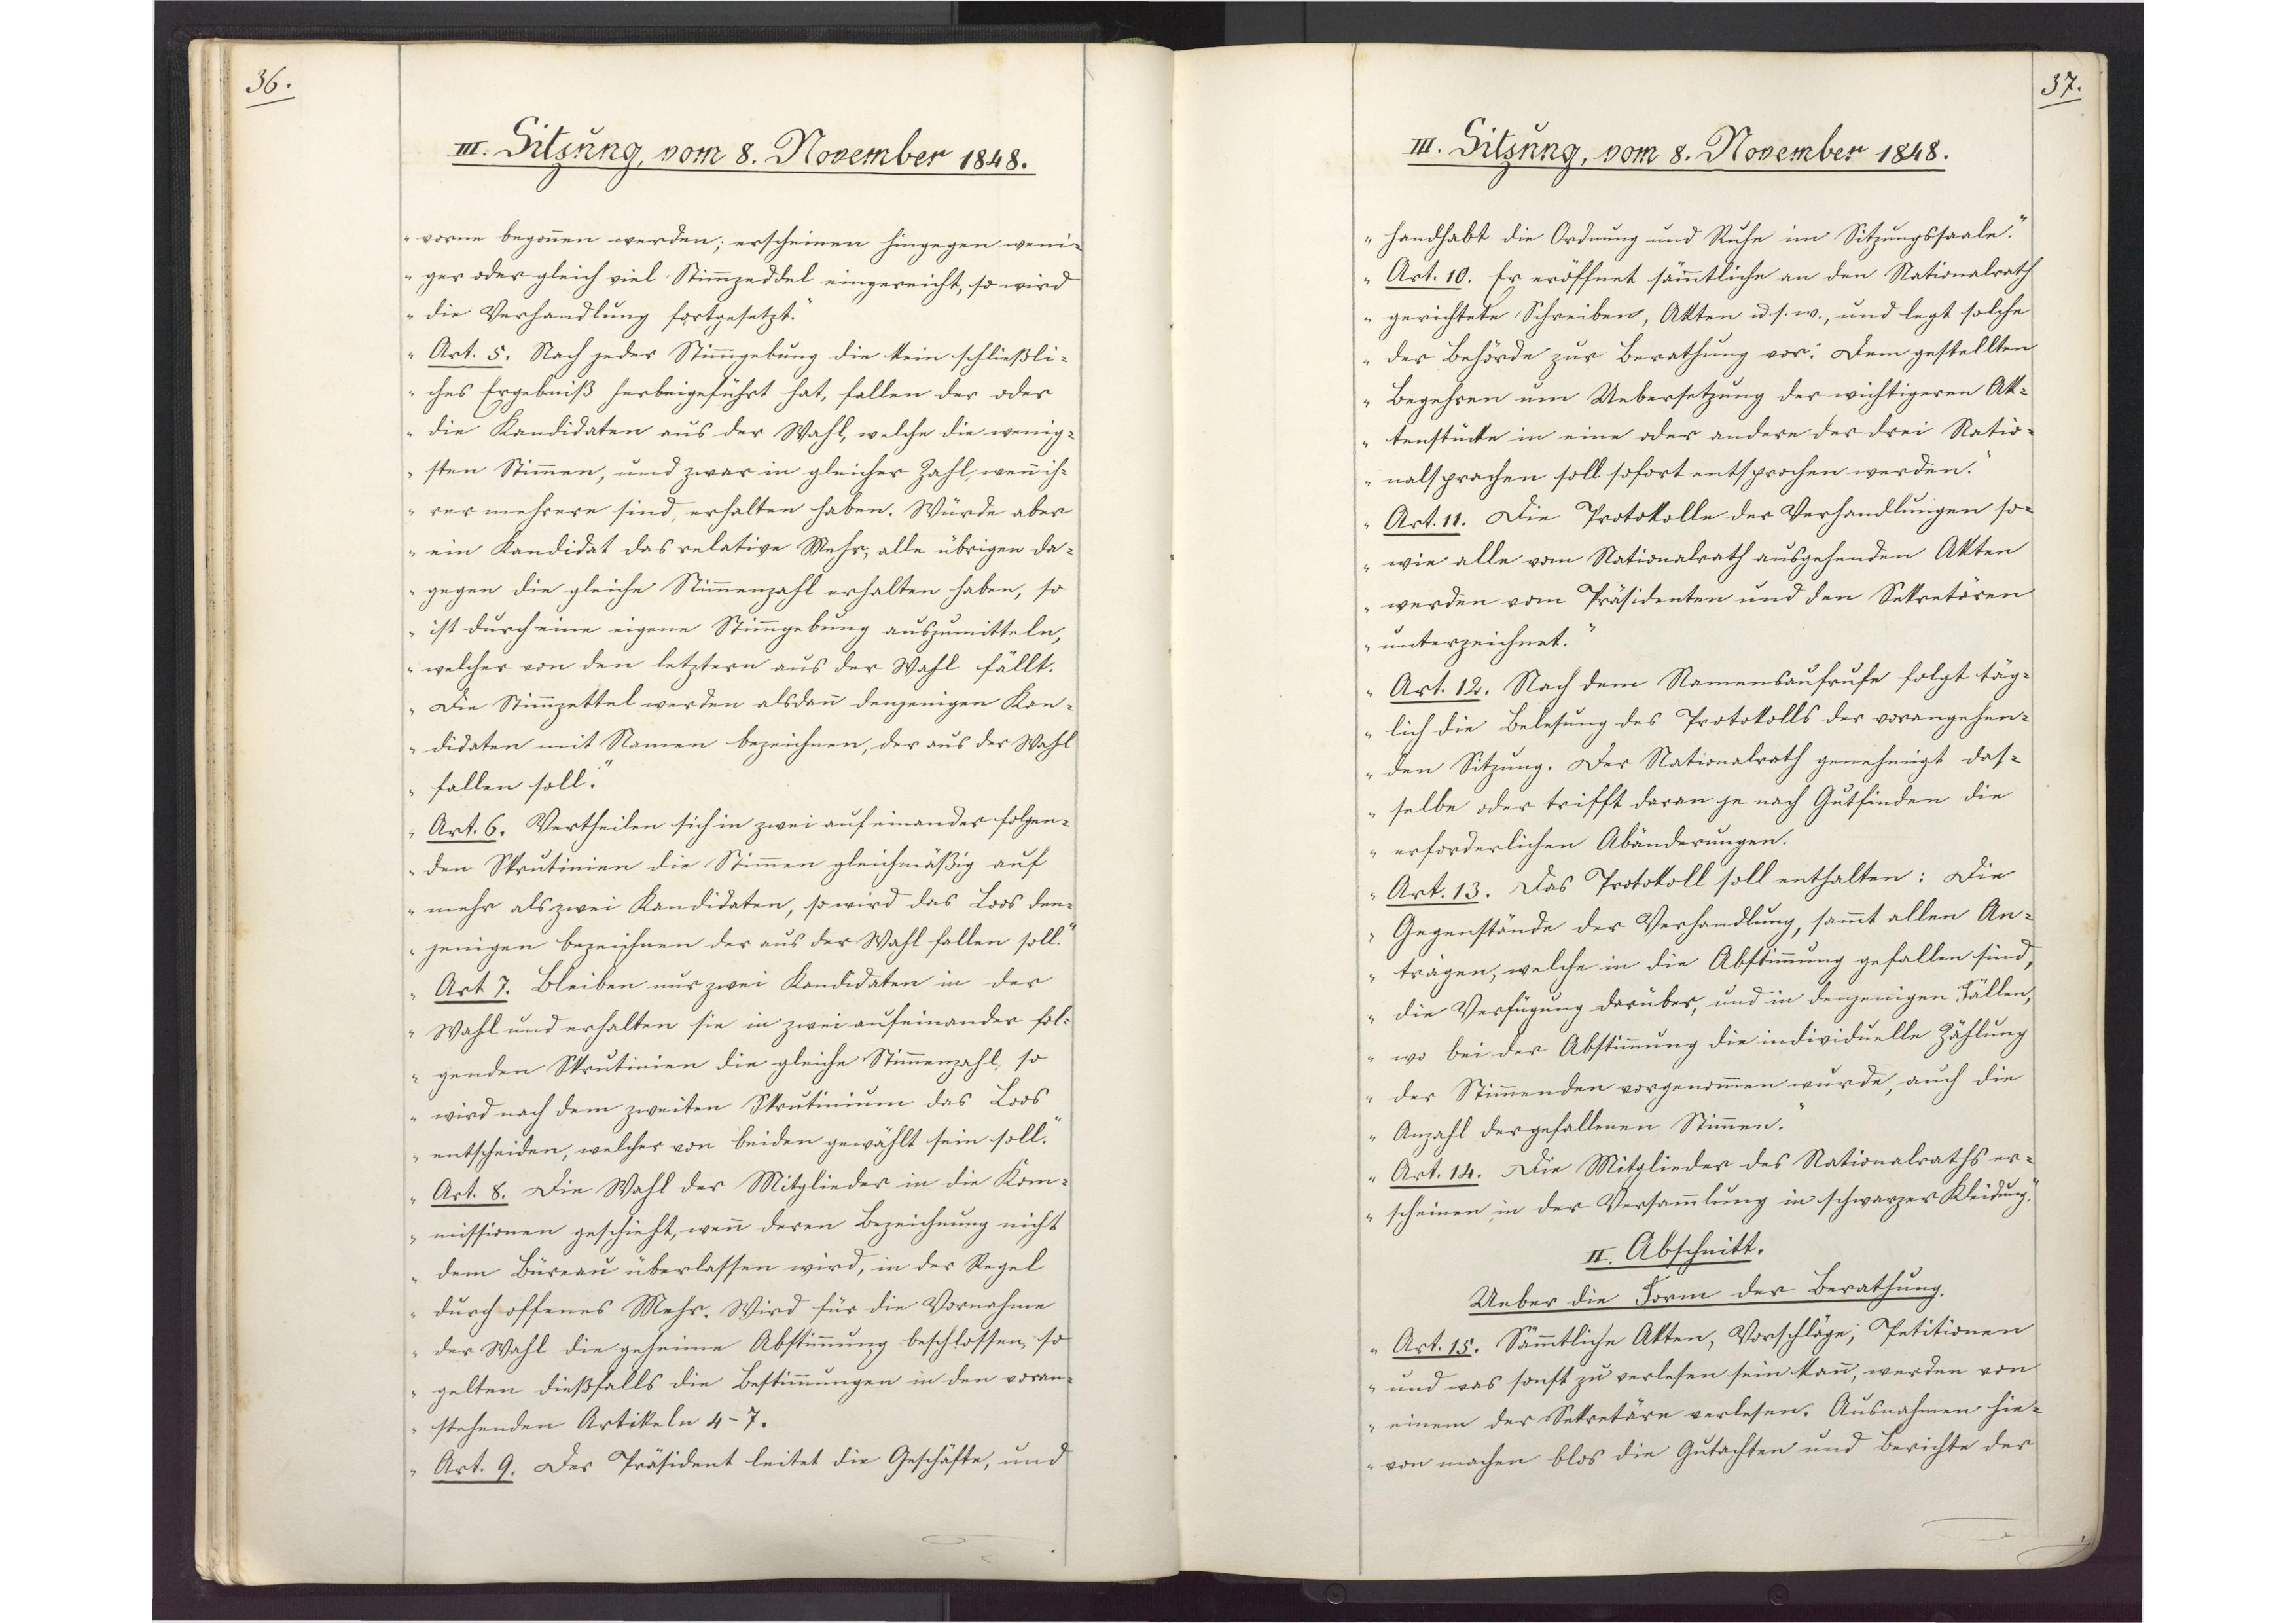
36.

III. Sitzung, vom 8. November 1848.

vorne begonnen werden; erscheinen hingegen weni¬
ger oder gleich viel Stimmzeddel eingereicht, so wird
die Verhandlung fortgesetzt.
Art. 5. Nach jeder Stimmgebung die kein schließli¬
ches Ergebniß herbeigeführt hat, fallen der oder
die Kandidaten aus der Wahl, welche die wenig¬
sten Stimmen, und zwar in gleicher Zahl, wenm ih¬
rer mehrere sind, erhalten haben. Würde aber
ein Kandidat das relative Mehr, alle übrigen da¬
gegen die gleiche Stimmenzahl erhalten haben, so
ist durch eine eigene Stimmgebung auszumitteln,
welcher von den letztern aus der Wahl fällt.
Die Stimmzettel werden alsdann denjenigen Kan¬
didaten mit Namen bezeichnen, der aus der Wahl
fallen soll.
Art. 6. Vertheilen sich in zwei aufeinander folgen¬
den Skrutinien die Stimmen gleichmäßig auf
mehr als zwei Kandidaten, so wird das Loos den¬
jenigen bezeichnen der aus der Wahl fallen soll.
Art 7. Bleiben nur zwei Kandidaten in der
Wahl und erhalten sie in zwei aufeinander fol¬
genden Skrutinien die gleiche Stimmenzahl, so
wird nach dem zweiten Skrutinium das Loos
entscheiden, welcher von beiden gewählt sein soll.
Art. 8. Die Wahl der Mitglieder in die Kom¬
missionen geschieht, wenn deren Bezeichnung nicht
dem Büreau überlassen wird, in der Regel
durch offenes Mehr. Wird für die Vornahme
der Wahl die geheime Abstimmung beschlossen, so
gelten dießfalls die Bestimmungen in den voran¬
stehenden Artikeln 4-7.
Art. 9. Der Präsident leitet die Geschäfte, und

37.

III. Sitzung, vom 8. November 1848.

handhabt die Ordnung und Ruhe im Sitzungssaale.
Art. 10. Er eröffnet sämmtliche an den Nationalrath
gerichtete Schreiben, Akten u. s. w., und legt solche
der Behörde zur Berathung vor: Dem gestellten
Begehren um Uebersetzung der wichtigeren Ak¬
tenstücke in eine oder andere der drei Natio¬
nalsprachen soll sofort entsprochen werden.
Art. 11. Die Protokolle der Verhandlungen so¬
wie alle vom Nationalrath ausgehenden Akten
werden vom Präsidenten und den Sekretären
unterzeichnet.
Art. 12. Nach dem Namensaufrufe folgt täg¬
lich die Belesung des Protokolls der vorangehen¬
den Sitzung. Der Nationalrath genehmigt das¬
selbe oder trifft daran je nach Gutfinden die
erforderlichen Abänderungen.
Art. 13. Das Protokoll soll enthalten: Die
Gegenstände der Verhandlung, sammt allen An¬
trägen, welche in die Abstimmung gefallen sind,
die Verfügung darüber, und in denjenigen Fällen,
wo bei der Abstimmung die individuelle Zählung
der Stimmenden vorgenommen wurde, auch die
Anzahl der gefallenen Stimmen.
Art. 14. Die Mitglieder des Nationalraths er¬
scheinen in der Versammlung in schwarzer Kleidung.
II. Abschnitt.
Ueber die Form der Berathung.
Art. 15. Sämmtliche Akten, Vorschläge, Petitionen
und was sonst zu verlesen sein kann, werden von
einem der Sekretäre verlesen. Ausnahmen hie¬
von machen blos die Gutachten und Berichte der